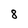
Character: 8